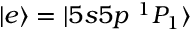
| e \rangle = | 5 s 5 p ~ ^ { 1 } P _ { 1 } \rangle